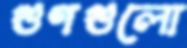
গুণগুলো